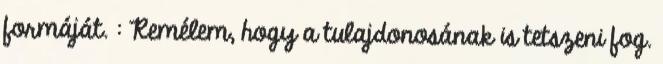
formáját. : Remélem, hogy a tulajdonosának is tetszeni fog.